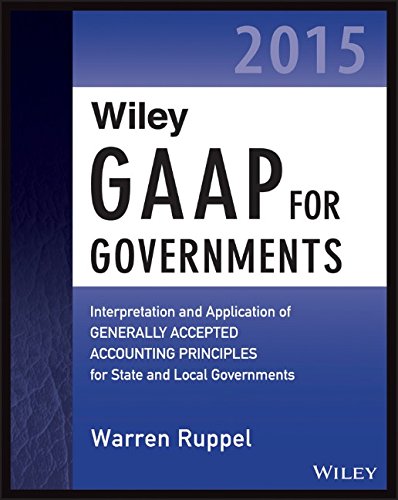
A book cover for Wiley GAAP for Governments 2015: Interpretation and Application of Generally Accepted Accounting Principles for State and Local Governments (Wiley Regulatory Reporting); Warren Ruppel; Test Preparation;